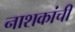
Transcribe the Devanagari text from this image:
नाशकांची